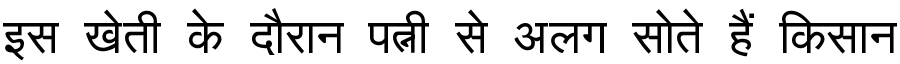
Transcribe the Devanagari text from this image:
इस खेती के दौरान पत्नी से अलग सोते हैं किसान